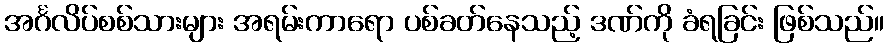
အင်္ဂလိပ်စစ်သားများ အရမ်းကာရော ပစ်ခတ်နေသည့် ဒဏ်ကို ခံရခြင်း ဖြစ်သည်။